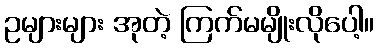
ဥများများ အုတဲ့ ကြက်မမျိုးလိုပေါ့။